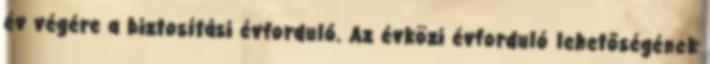
év végére a biztosítási évforduló. Az évközi évforduló lehetőségének